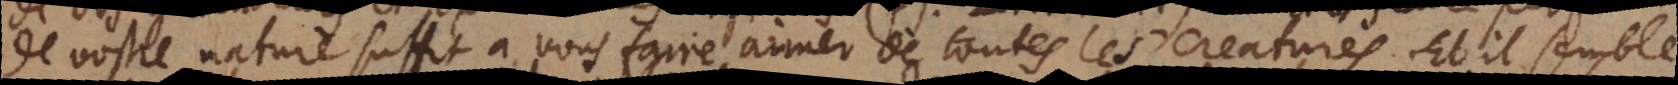
de vostre nature suffit à vous faire aimer de toutes les creatures. Et il semble